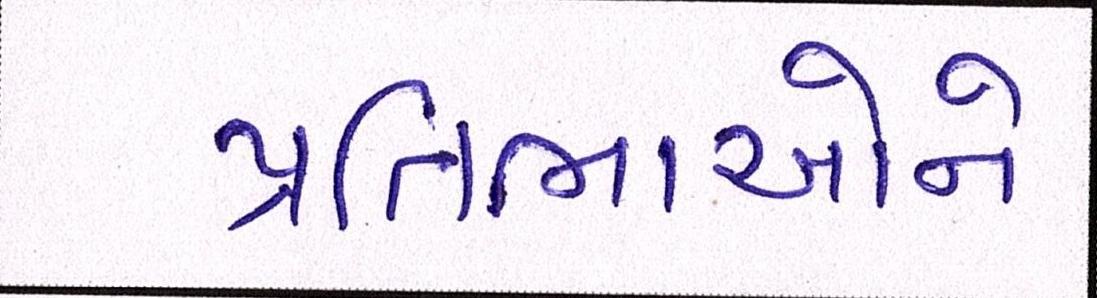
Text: પ્રતિભાઓને